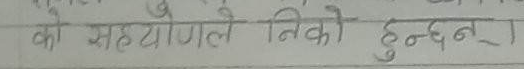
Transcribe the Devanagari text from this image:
को सहयोगले निको हुन्छन् ।